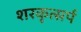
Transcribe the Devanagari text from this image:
शरकृत्‍सर्प